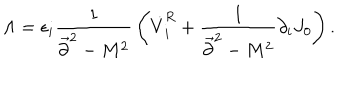
LaTeX: \Lambda = \epsilon _ { i } { \frac { 1 } { \vec { \partial } ^ { 2 } - M ^ { 2 } } } \left( \dot { V } _ { i } ^ { R } + { \frac { 1 } { \vec { \partial } ^ { 2 } - M ^ { 2 } } } \partial _ { i } J _ { 0 } \right) .